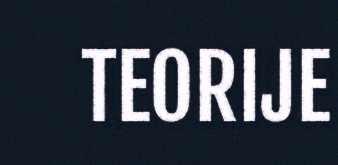
TEORIJE